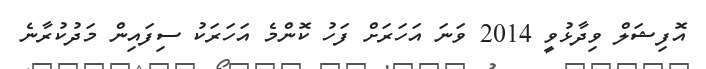
އޮފިޝަލް ވިދާޅުވީ 2014 ވަނަ އަހަރަށް ފަހު ކޮންމެ އަހަރަކު ސިފައިން މަދުކުރާނެ